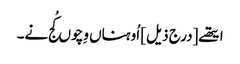
ایتھے [درج ذیل] اُوہناں وِچوں کُج نے۔